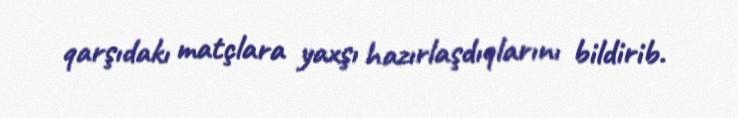
qarşıdakı matçlara yaxşı hazırlaşdıqlarını bildirib.